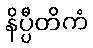
နိပ္ပီတိကံ